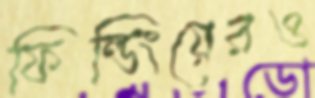
ফিল্ডিংয়েরও